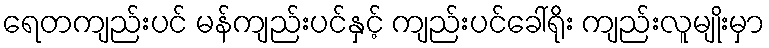
ရေတကျည်းပင် မန်ကျည်းပင်နှင့် ကျည်းပင်ခေါ်ရိုး ကျည်းလူမျိုးမှာ